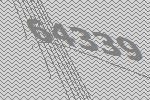
64339